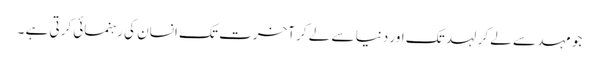
جو مہد سے لے کر لہد تک اور دنیا سے لے کر آخرت تک انسان کی رہنمائی کرتی ہے ۔